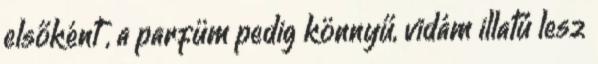
elsőként , a parfüm pedig könnyű, vidám illatú lesz